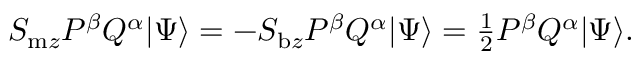
\begin{array} { r } { S _ { \mathrm { m } z } P ^ { \beta } Q ^ { \alpha } \vert \Psi \rangle = - S _ { \mathrm { b } z } P ^ { \beta } Q ^ { \alpha } \vert \Psi \rangle = \frac { 1 } { 2 } P ^ { \beta } Q ^ { \alpha } \vert \Psi \rangle . } \end{array}